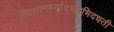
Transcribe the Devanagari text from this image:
डित्सामर्थ्याद्भमभिदधती